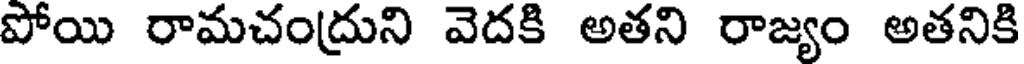
పోయి రామచంద్రుని వెదకి అతని రాజ్యం అతనికి